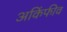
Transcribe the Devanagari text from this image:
अकिंफीव